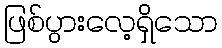
ဖြစ်ပွားလေ့ရှိသော